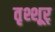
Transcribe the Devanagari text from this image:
तृश्शूर्